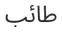
طائب